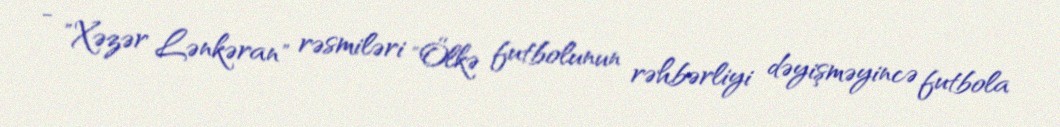
- "Xəzər Lənkəran" rəsmiləri "Ölkə futbolunun rəhbərliyi dəyişməyincə futbola